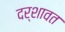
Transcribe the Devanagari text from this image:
दर्शावत